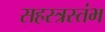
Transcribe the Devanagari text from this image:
सहस्त्रस्तंभ